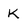
Character: K